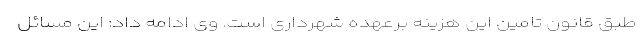
طبق قانون تامین این هزینه برعهده شهرداری است. وی ادامه داد: این مسائل